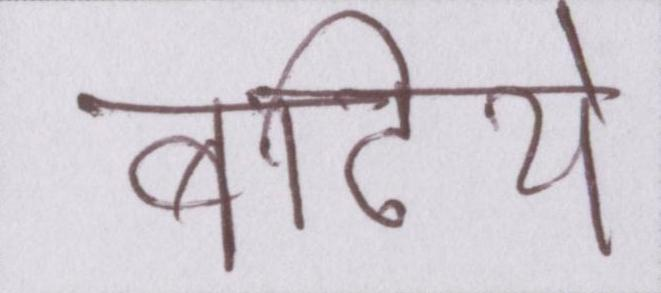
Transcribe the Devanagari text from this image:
बढिये